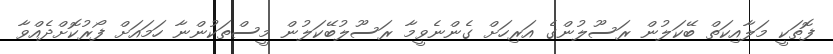
ފޮތަކީ މަލާއިކަތް ބޭކަލުން ރަސޫލުންގެ އަރިހަށް ގެންނެވީމާ ރަސޫލުބޭކަލުން މީސްތަކުންނާ ހަމައަށް ފޯރުކޮށްދެއްވާ